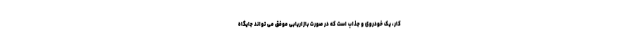
کار، یک خودروی و جذاب است که در صورت بازاریابی موفق می تواند جایگاه